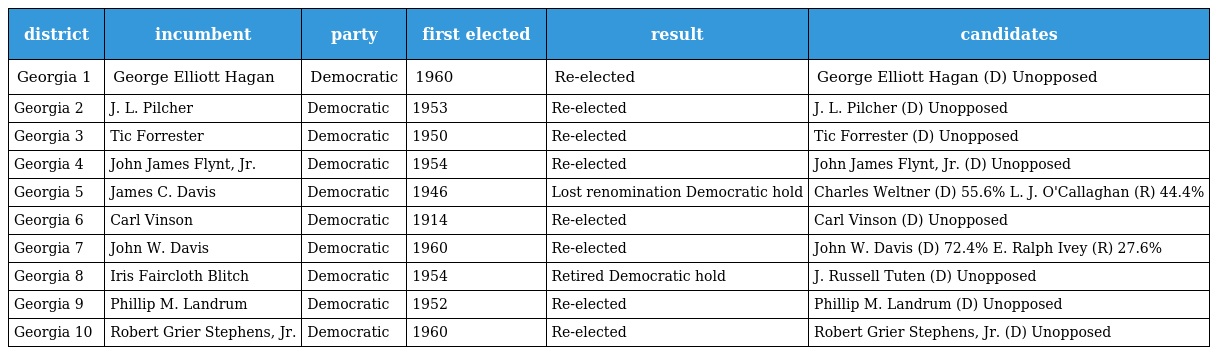
| district | incumbent | party | first elected | result | candidates |
 | --- | --- | --- | --- | --- | --- |
 | Georgia 1 | George Elliott Hagan | Democratic | 1960 | Re-elected | George Elliott Hagan (D) Unopposed |
 | Georgia 2 | J. L. Pilcher | Democratic | 1953 | Re-elected | J. L. Pilcher (D) Unopposed |
 | Georgia 3 | Tic Forrester | Democratic | 1950 | Re-elected | Tic Forrester (D) Unopposed |
 | Georgia 4 | John James Flynt, Jr. | Democratic | 1954 | Re-elected | John James Flynt, Jr. (D) Unopposed |
 | Georgia 5 | James C. Davis | Democratic | 1946 | Lost renomination Democratic hold | Charles Weltner (D) 55.6% L. J. O'Callaghan (R) 44.4% |
 | Georgia 6 | Carl Vinson | Democratic | 1914 | Re-elected | Carl Vinson (D) Unopposed |
 | Georgia 7 | John W. Davis | Democratic | 1960 | Re-elected | John W. Davis (D) 72.4% E. Ralph Ivey (R) 27.6% |
 | Georgia 8 | Iris Faircloth Blitch | Democratic | 1954 | Retired Democratic hold | J. Russell Tuten (D) Unopposed |
 | Georgia 9 | Phillip M. Landrum | Democratic | 1952 | Re-elected | Phillip M. Landrum (D) Unopposed |
 | Georgia 10 | Robert Grier Stephens, Jr. | Democratic | 1960 | Re-elected | Robert Grier Stephens, Jr. (D) Unopposed |